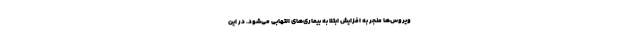
ویروس‌ها منجر به افزایش ابتلا به بیماری‌های التهابی می‌شود. در این